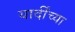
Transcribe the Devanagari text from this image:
यार्दींच्या